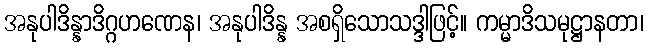
အနုပါဒိန္နာဒိဂ္ဂဟဏေန၊ အနုပါဒိန္န အစရှိသောသဒ္ဒါဖြင့်။ ကမ္မာဒိသမုဋ္ဌာနတာ၊